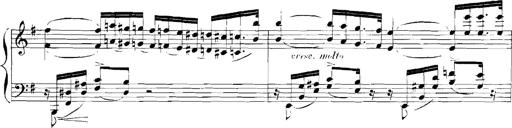
Title: Rhapsodies hongroises
Composer: Franz Liszt